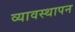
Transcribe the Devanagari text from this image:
व्यावस्थापन